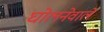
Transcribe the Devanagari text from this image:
घोलनेवाले